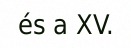
és a XV.